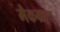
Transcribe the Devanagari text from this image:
मैकग्राथ